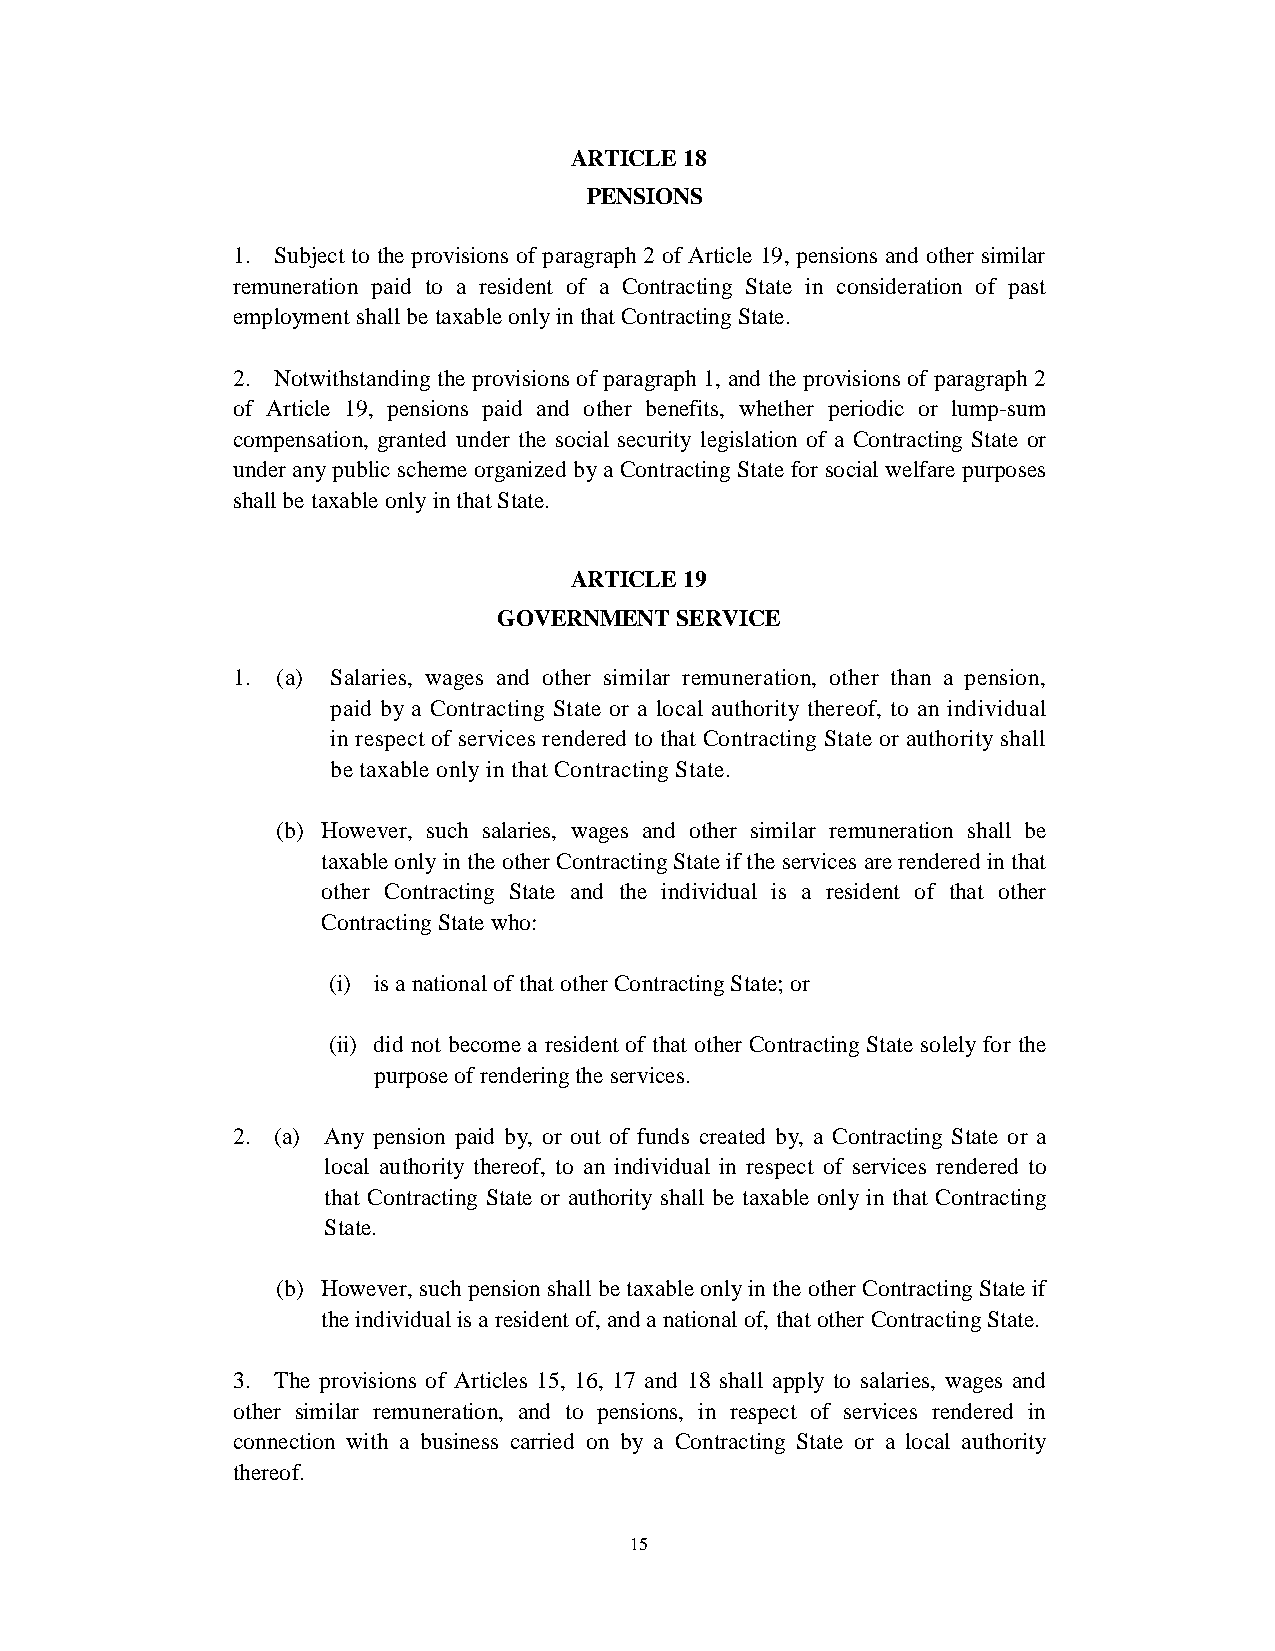
ARTICLE 18
 PENSIONS
 1. Subject to the provisions of paragraph 2 of Article 19, pensions and other similar
 remuneration paid to a resident of a Contracting State in consideration of past
 employment shall be taxable only in that Contracting State.
 2. Notwithstanding the provisions of paragraph 1, and the provisions of paragraph 2
 of Article 19, pensions paid and other benefits, whether periodic or lump-sum
 compensation, granted under the social security legislation of a Contracting State or
 under any public scheme organized by a Contracting State for social welfare purposes
 shall be taxable only in that State.
 ARTICLE 19
 GOVERNMENT  SERVICE
 1. (a) Salaries, wages and other similar remuneration, other than a pension,
 paid by a Contracting State or a local authority thereof, to an individual
 in respect of services rendered to that Contracting State or authority shall
 be taxable only in that Contracting State.
 (b) However, such salaries, wages and other similar remuneration shall be
 taxable only in the other Contracting State if the services are rendered in that
 other Contracting State and the individual is a resident of that other
 Contracting State who:
 (i) is a national of that other Contracting State; or
 (ii) did not become a resident of that other Contracting State solely for the
 purpose of rendering the services.
 2. (a) Any pension paid by, or out of funds created by, a Contracting State or a
 local authority thereof, to an individual in respect of services rendered to
 that Contracting State or authority shall be taxable only in that Contracting
 State.
 (b) However, such pension shall be taxable only in the other Contracting State if
 the individual is a resident of, and a national of, that other Contracting State.
 3. The provisions of Articles 15, 16, 17 and 18 shall apply to salaries, wages and
 other similar remuneration, and to pensions, in respect of services rendered in
 connection with a business carried on by a Contracting State or a local authority
 thereof.
 15